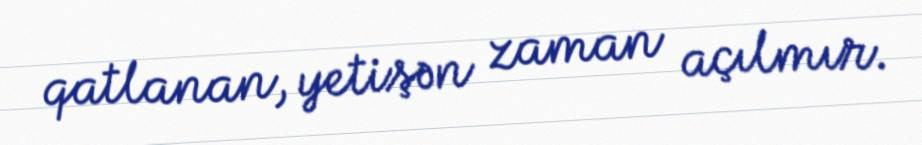
qatlanan, yetişən zaman açılmır.